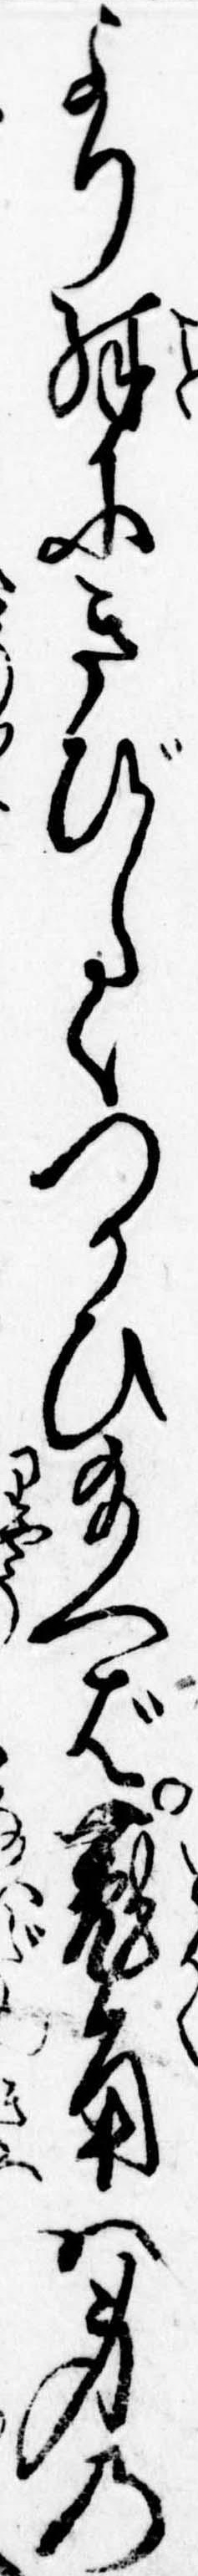
より殊にきびしくつかひ給へば菟角は身の